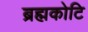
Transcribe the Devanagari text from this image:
ब्रह्मकोटि